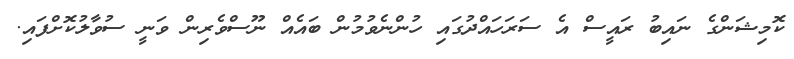
ކޮމިޝަންގެ ނައިބު ރައީސް އެ ސަރަހައްދުގައި ހުންނެވުމުން ބައެއް ނޫސްވެރިން ވަނީ ސުވާލުކޮށްފައި.